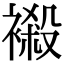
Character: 𧜁